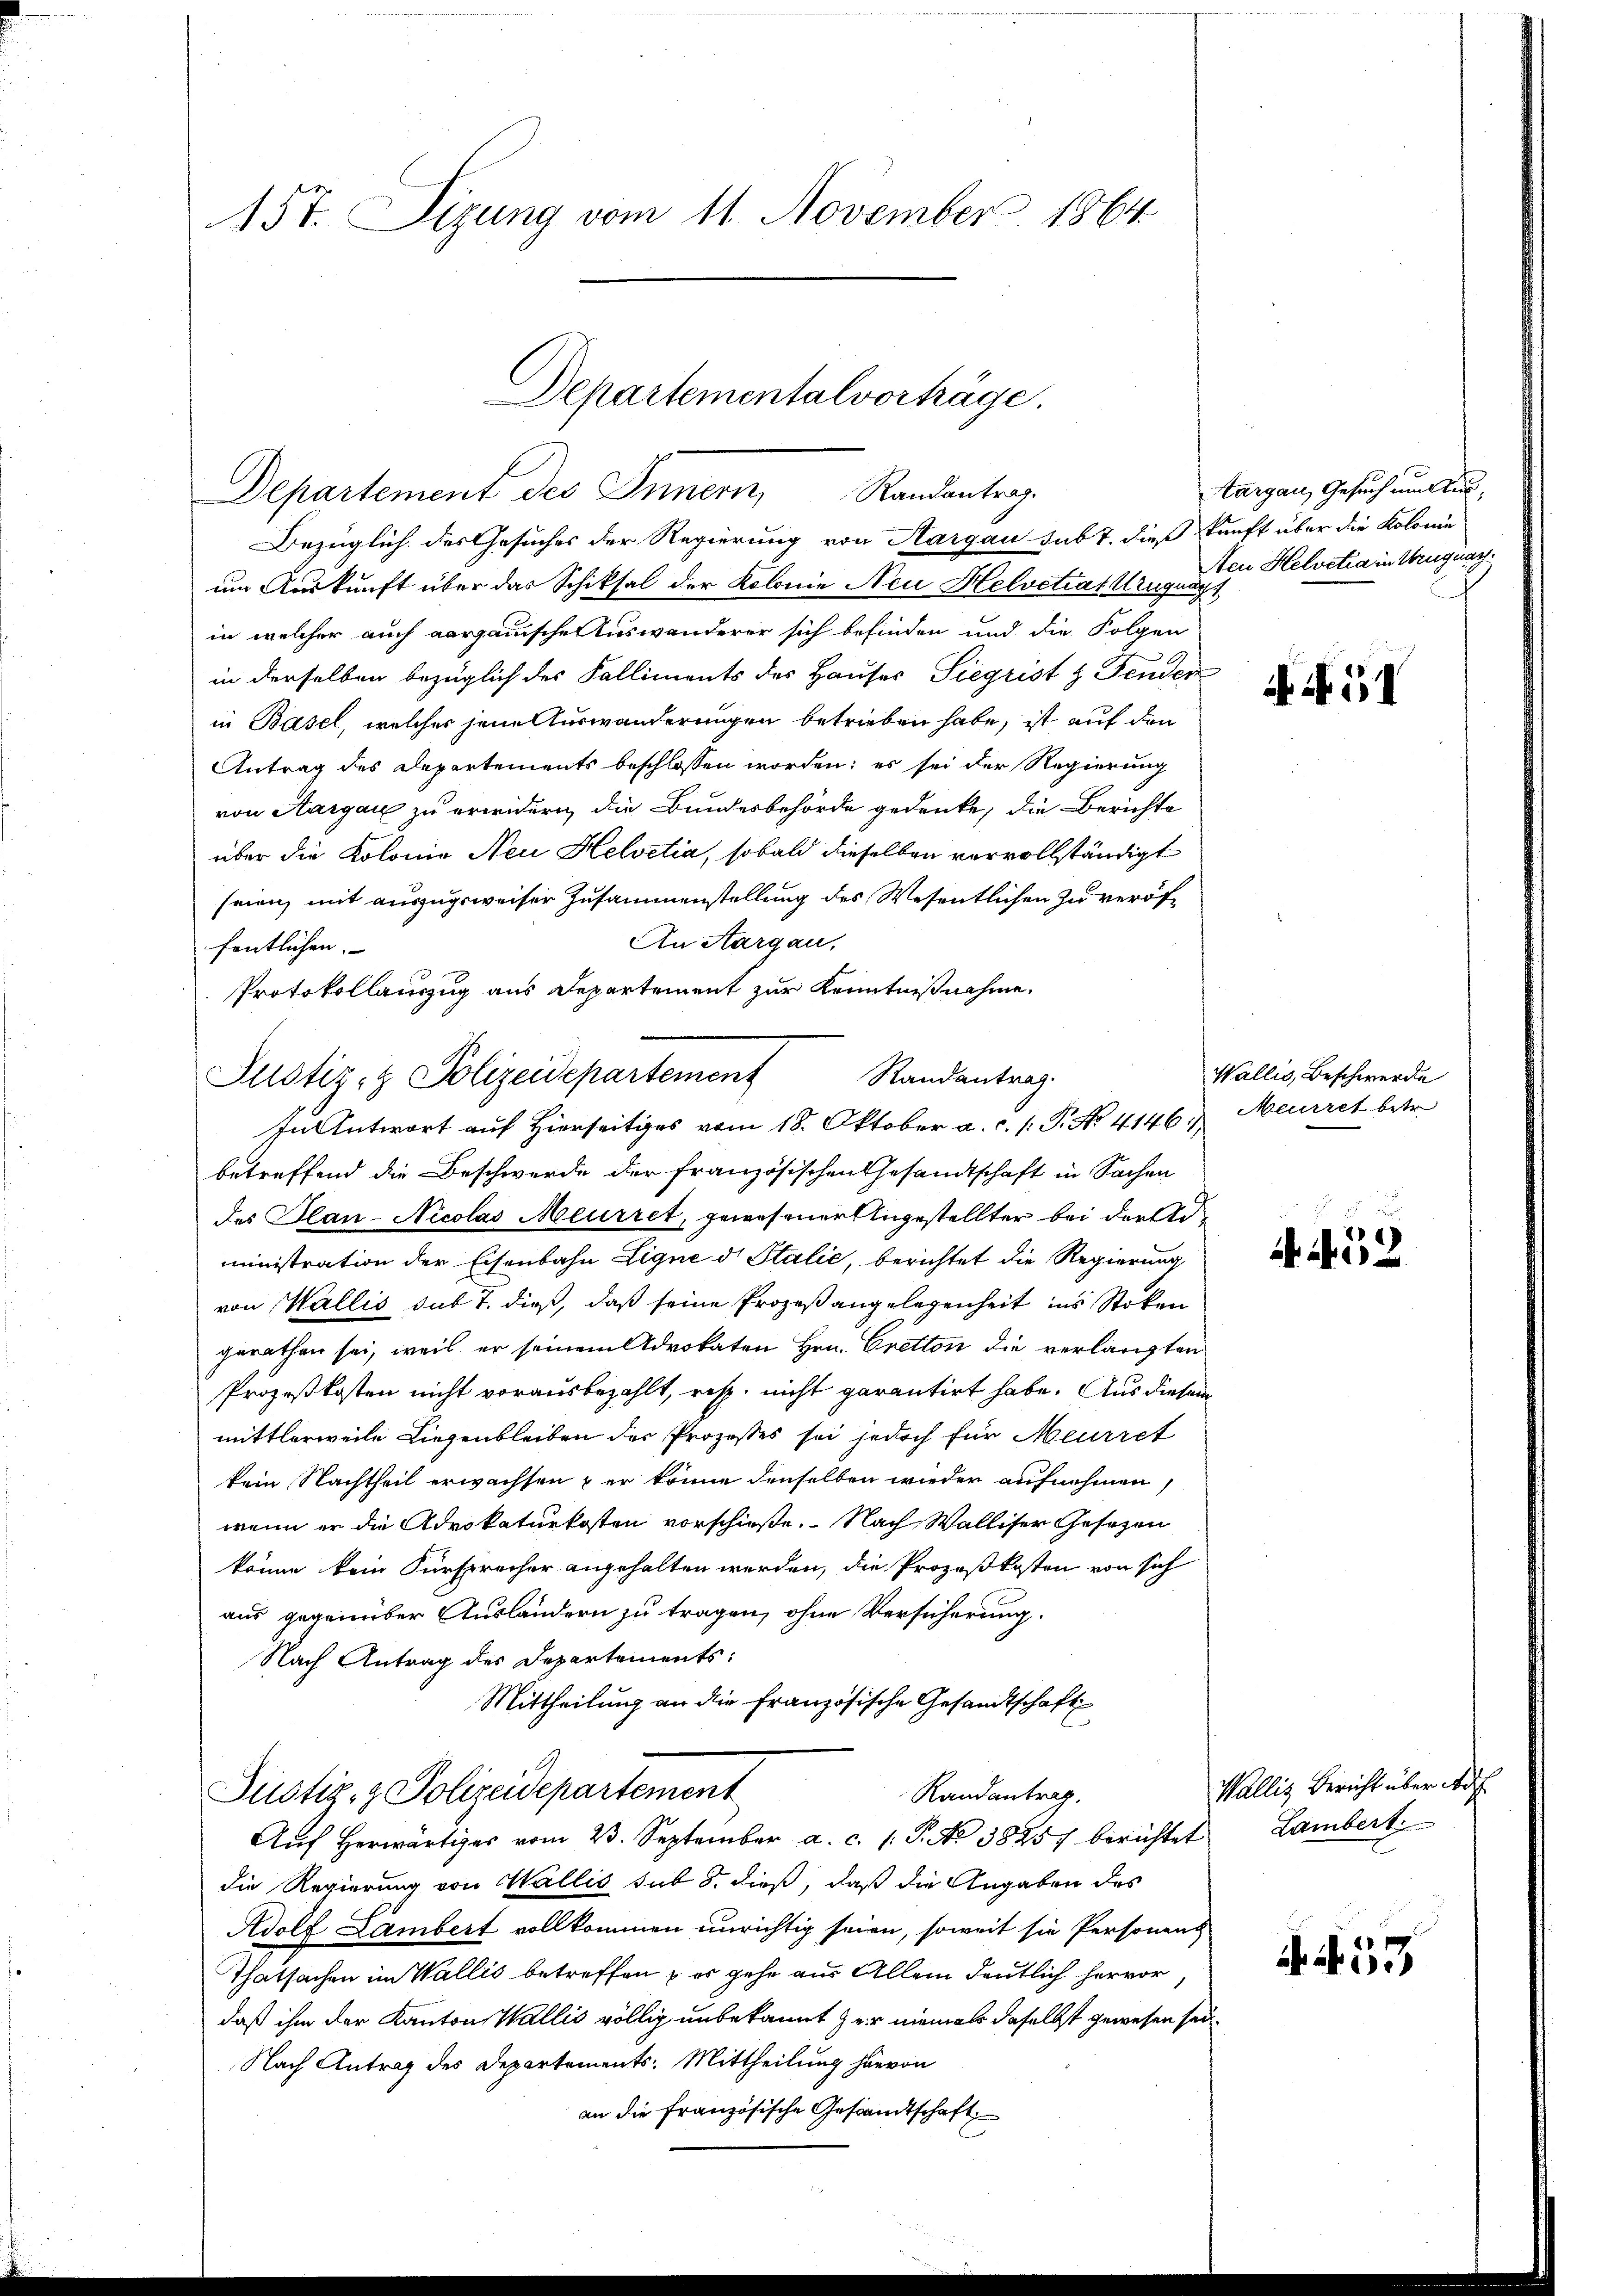
157. Sizung vom 11. November 1864
Departemental vorhäge.
targau, Gesuch unlus,
Departement des Innern, Randantrag

Bezüglich des Gesuches der Regierung von Aargau sub 7. dieß kunft über die Kolonie
um Auskunft über das Schiksal der Kolonie Neu Helvetiat Ungnag
in welcher auch aargauischen Auswanderer sich befinden und die Folgen
in derselben bezüglich des Falliments des Hauses Siegrist & Fenden
in Basel, welcher jene Auswanderungen betrieben habe, ist auf den
Antrag des Departements beschlossen worden; es sei der Regierung
von Aargau zu erwidern, die Bundesbehörde gedenke, die Berichte
über die Kolonie Neu Helvetia, sobald dieselben vervollständigt
seien, mit auszugsweiser Zusammenstellung des Wesentlichen zu veröf¬
An Aargau,
fentlichen. |
Protokollauszug aus Departement zur Kenntnißnahme.
Randantrag.
In Antwort auf Hierseits vom 18. Oktober a. c. s. P. No. 4146, Meurret betr.
betreffend die Beschwerde der französischen Gesandtschaft in Sachen
des Plan-Nicolas Meurret, gewesener Angestellter bei derministration der Eisenbahn ligne d. Stalie, berichtet die Regierung
von Wallis sub T. dieß, daß seine Prozeß angelegenheit ins Stoken
gerathen sei, weil er seinem Advokaten Hrn. Cretton die verlangten
Prozeßkosten nicht vorausbezahlt, resp. nicht garantirt habe. Aus diesem
mittlerweile Liegenbleiben der Prozesses sei jedoch für Meirret
kein Nachtheil erwachsen, er könne denselben wieder aufnehmen,
wenn er die Advokaturkosten vorschieße. Nach Walliser Gesezen
könne kein Fürsprecher angehalten werden, die Prozeßkosten von sich
aus gegenüber Ausländern zu tragen, ohne Versicherung.
Nach Antrag des Departements:
Mittheilung an die französische Gesandtschaft
Justiz- & Polizeidepartement
Randantrag,
Aŭf herwärtiges vom 23. September a. c. 1. P. No 3885) berichtet Lambert.
die Regierung von Wallis sub 8. dieß, daß die Angaben des
Adolf Lambert vollkommen unrichtig seien, soweit sie Personens
Thatsachen im Wallis betreffen & es gehe aus Allem deutlich hervor
daß ihm der Kanton Wallis völlig unbekannt zur niemals daselbst gewesen sei.
Nach Antrag des Departements-Mittheilung hievon
an die französische Gesandtschaft

Justiz- & Polizeidepartement

Aen Helvetia in Kruguay.

Aif. 52

51

Wallis, Beschwerde

Wallis Bericht über d

A. S. 57